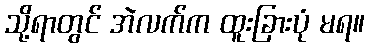
သို့ရာတွင် အဲလက်က ထူးခြားပုံ မရ။